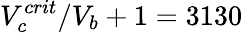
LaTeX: V_{c}^{crit}/V_{b}+1=3130